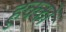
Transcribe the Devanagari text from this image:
हुक्कों